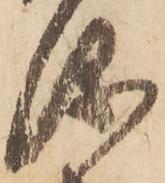
儀